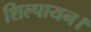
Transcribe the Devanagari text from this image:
शिल्पायन।